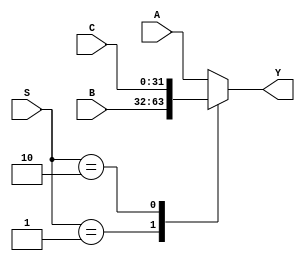
module MUX3_32B (A,B,C,S,Y);
    input [31:0] A,B,C;
    input [1:0] S;
    output reg [31:0] Y;
    always @(A,B,C,S)
    begin
        case(S)
        2'b00: Y = A;
        2'b01: Y = B;
        2'b10: Y = C;
        default: Y = A;
        endcase
    end
endmodule